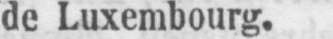
de Luxembourg.